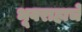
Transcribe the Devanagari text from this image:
भूवराहाचे